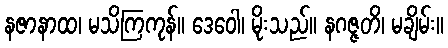
နဇာနာထ၊ မသိကြကုန်။ ဒေဝေါ၊ မိုးသည်။ နဂဇ္ဇတိ၊ မချိမ်း။